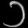
Digit: ၁